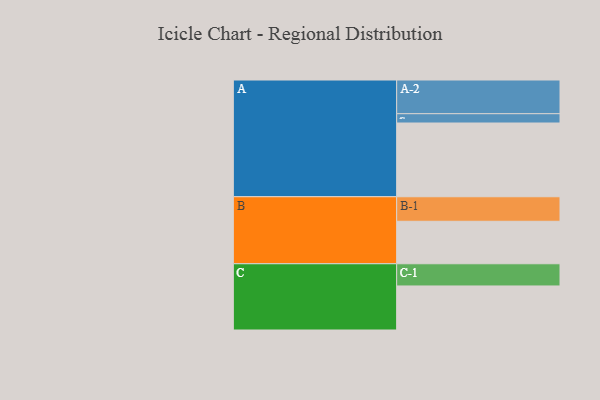
{"axis": {"x": "Segment", "y": "Value"}, "legend": ["", "A", "B", "C"], "data": [{"x": "A", "y": 571, "type": ""}, {"x": "B", "y": 329, "type": ""}, {"x": "C", "y": 341, "type": ""}, {"x": "A-1", "y": 72, "type": "A"}, {"x": "A-2", "y": 261, "type": "A"}, {"x": "B-1", "y": 190, "type": "B"}, {"x": "C-1", "y": 172, "type": "C"}]}